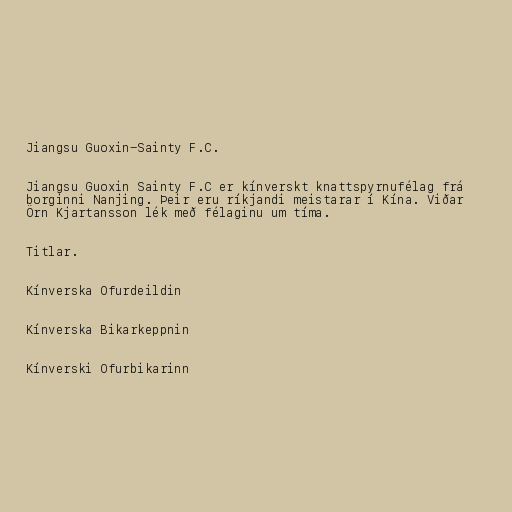
Jiangsu Guoxin-Sainty F.C.

Jiangsu Guoxin Sainty F.C er kínverskt knattspyrnufélag frá
borginni Nanjing. Þeir eru ríkjandi meistarar í Kína. Viðar
Örn Kjartansson lék með félaginu um tíma.

Titlar.

Kínverska Ofurdeildin

Kínverska Bikarkeppnin

Kínverski Ofurbikarinn